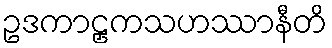
ဥဒကာဠှကသဟဿာနီတိ